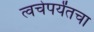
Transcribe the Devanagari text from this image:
त्वचेपर्यंतचा